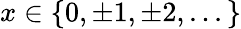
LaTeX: x\in\{ 0,\pm 1,\pm 2,...\}